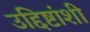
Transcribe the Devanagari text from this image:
उद्दिष्टांशी